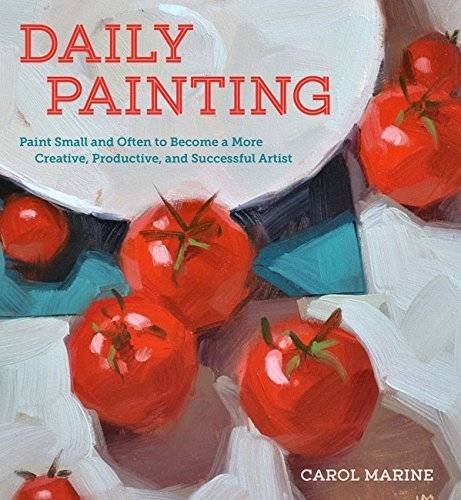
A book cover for Daily Painting: Paint Small and Often To Become a More Creative, Productive, and Successful Artist; Carol Marine; Arts & Photography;